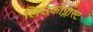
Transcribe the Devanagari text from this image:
लिउकोप्लास्ट